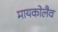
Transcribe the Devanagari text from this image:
मायकोलैव